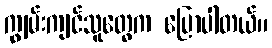
ကျွမ်းကျင်သူတွေက ပြောပါတယ်။